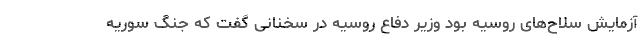
آزمایش سلاح‌های روسیه بود وزیر دفاع روسیه در سخنانی گفت که جنگ سوریه